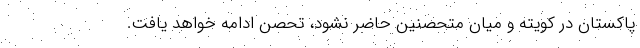
پاکستان در کویته و میان متحصنین حاضر نشود، تحصن ادامه خواهد یافت.